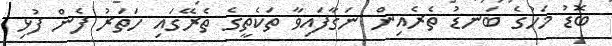
ބޮޑު މަހުގެ ބަނޑު ތެރެއިން ނަގާފައިވާ ތަކެތީގެ ތެރޭގައި ހަތަރު ފެން ފުޅި